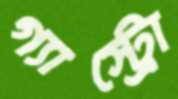
গ্যাস্ট্রো